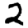
Digit: 2